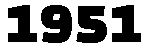
1951